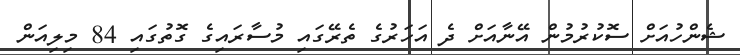
ޝެންހުއަށް ސޮކުރުމުން އޭނާއަށް ދެ އަހަރުގެ ތެރޭގައި މުސާރައިގެ ގޮތުގައި 84 މިލިއަން